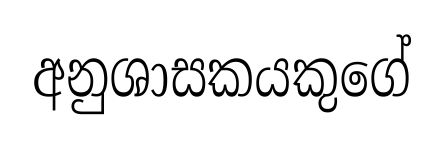
අනුශාසකයකුගේ